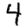
Digit: 4